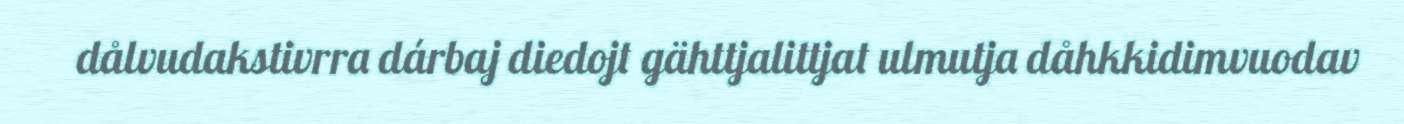
dålvudakstivrra dárbaj diedojt gähttjalittjat ulmutja dåhkkidimvuodav